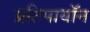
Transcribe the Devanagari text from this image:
प्रतिपायॉन